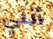
أنني